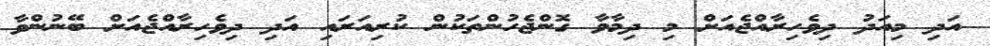
އަދި މިއަދު ދިވެހިރާއްޖެއަށް މި ދިމާވާ ގޮންޖެހުންތަކުން ކުރިއަރައި އަދި ދިވެހިރާއްޖެއަށް ބޭނުންވާ